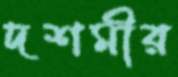
দশমীর